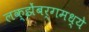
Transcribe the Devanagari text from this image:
लक्झेंबर्गमध्ये